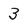
Character: 3